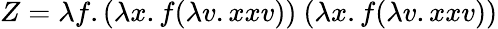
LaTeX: Z=\lambda f.(\lambda x.f(\lambda v.xxv))\ (\lambda x.f(\lambda v.xxv))